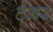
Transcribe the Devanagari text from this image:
टनर